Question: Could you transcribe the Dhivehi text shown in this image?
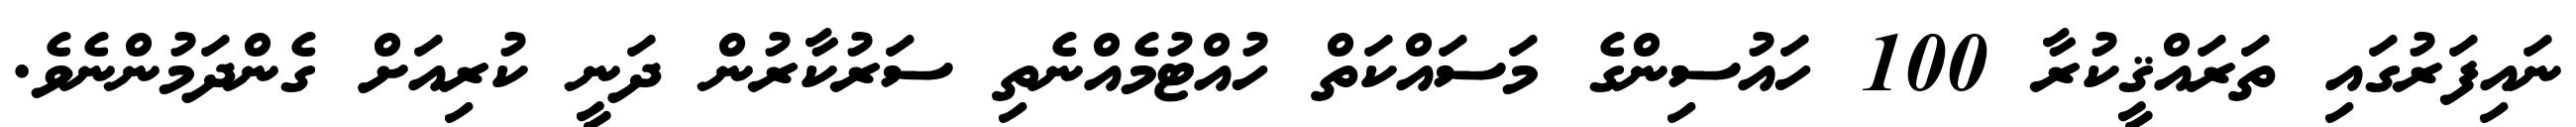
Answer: ނައިފަރުގައި ތަރައްޤީކުރާ 100 ހައުސިންގެ މަސައްކަތް ހުއްޓުމެއްނެތި ސަރުކާރުން ދަނީ ކުރިއަށް ގެންދަމުންނެވެ.